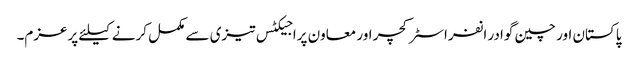
پاکستان اور چین گوادر انفراسٹرکچر اور معاون پراجیکٹس تیزی سے مکمل کرنے کیلئے پرعزم۔